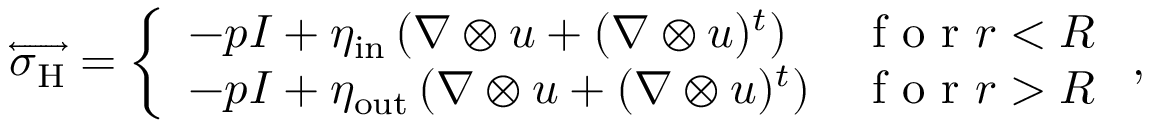
\overleftrightarrow { \boldsymbol { \sigma } _ { \mathrm { H } } } = \left\{ \begin{array} { l l } { \displaystyle - p \boldsymbol { I } + \eta _ { \mathrm { i n } } \left( \nabla \otimes \boldsymbol { u } + ( \nabla \otimes \boldsymbol { u } ) ^ { t } \right) } & { \textrm { f o r } r < R } \\ { \displaystyle - p \boldsymbol { I } + \eta _ { \mathrm { o u t } } \left( \nabla \otimes \boldsymbol { u } + ( \nabla \otimes \boldsymbol { u } ) ^ { t } \right) } & { \textrm { f o r } r > R } \end{array} \right. ,